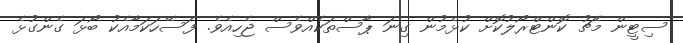
ސިޓީން މެޗު ކޮންޓްރޯލުކޮށް ކުޅެމުން ގިނަ ޕާސްތަކެއްވެސް ޖެހިއެވެ. ފަސޭހަކަމާއެކު ބޯޅަ ގެންގުޅެ